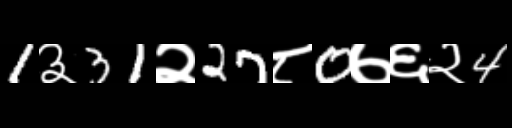
Text: 1३31२27८0७६२4